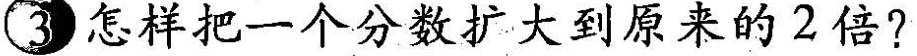
3 怎样把一个分数扩大到原来的2倍?